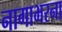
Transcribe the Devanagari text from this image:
नागाभरना